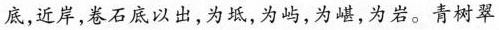
底，近岸，卷石底以出，为坻，为屿，为嵁，为岩。青树翠